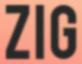
ZIG